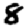
Digit: 8